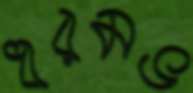
ধরমভ